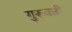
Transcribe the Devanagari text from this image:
गुरूवारी